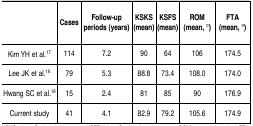
|  | Cases | Follow-up periods (years) | KSKS (mean) | KSFS (mean) | ROM (mean, °) | FTA (mean, °) |
 | --- | --- | --- | --- | --- | --- | --- |
 | Kim YH et al.17 | 114 | 7.2 | 90 | 64 | 106 | 174.5 |
 | Lee JK et al.16 | 79 | 5.3 | 88.8 | 73.4 | 108.0 | 174.0 |
 | Hwang SC et al.19 | 15 | 2.4 | 81 | 85 | 90 | 176.9 |
 | Current study | 41 | 4.1 | 82.9 | 79.2 | 105.6 | 174.9 |